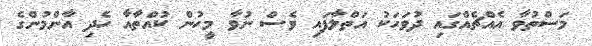
މަސްތުވާ އެއްޗެއްގައި ދުވަހަކު އަތްލާފައި ވެސް ނުވާ މީހުން ކުއްތާއާ ހެދި އާންމުންގެ